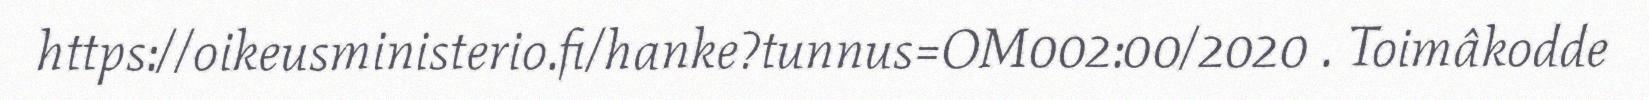
https://oikeusministerio.fi/hanke?tunnus=OM002:00/2020 . Toimâkodde